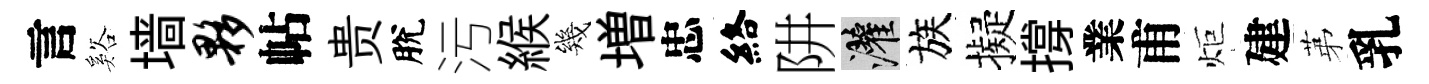
言谿墙夥帖贵脫污緱幾増忠絡阱灌族擬撐業甫炬建苐乳